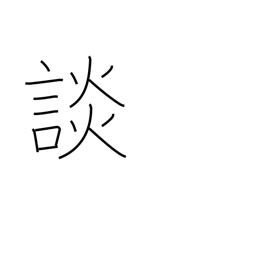
Meaning: discuss